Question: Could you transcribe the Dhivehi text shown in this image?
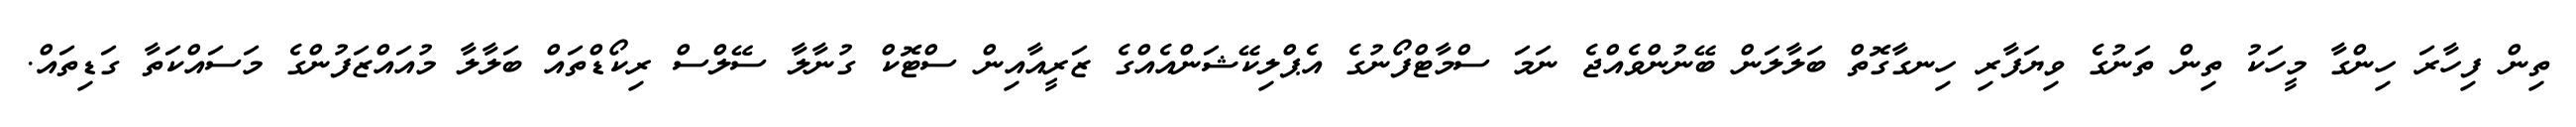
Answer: ތިން ފިހާރަ ހިންގާ މީހަކު ތިން ތަނުގެ ވިޔަފާރި ހިނގާގޮތް ބަލާލަން ބޭނުންވެއްޖެ ނަމަ ސްމާޓްފޯނުގެ އެޕްލިކޭޝަންއެއްގެ ޒަރީއާއިން ސްޓޮކް ގުނާލާ ސޭލްސް ރިކޯޑްތައް ބަލާލާ މުއައްޒަފުންގެ މަސައްކަތާ ގަޑިތައް.